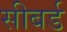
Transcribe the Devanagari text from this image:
सीबर्ड